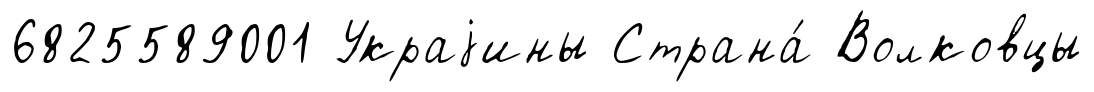
6825589001 Украjины Страна́ Волковцы